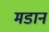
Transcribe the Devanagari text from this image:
मडान